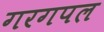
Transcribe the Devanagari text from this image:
गरगपल